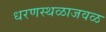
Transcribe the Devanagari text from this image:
धरणस्थळाजवळ